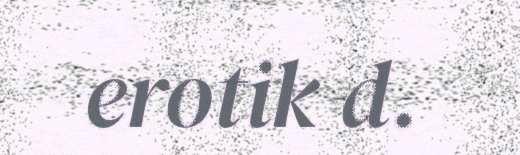
erotik d.